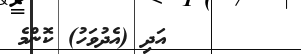
٢١       އަދި (އެދުވަހު) ކޮންމެ